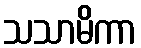
သသာမိကာ